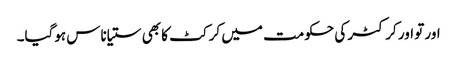
اور تو اور کرکٹر کی حکومت میں کرکٹ کا بھی ستیاناس ہوگیا۔